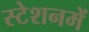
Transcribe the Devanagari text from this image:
स्टेशनमें